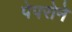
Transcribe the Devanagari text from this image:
पेपरोने